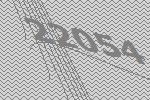
22054